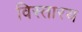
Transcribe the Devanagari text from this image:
विस्तारय